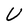
Character: U